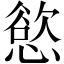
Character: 慾